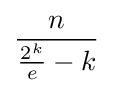
{\frac {n}{{\frac {2^{k}}{e}}-k}}